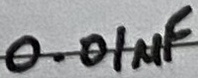
Text: 0.01µF